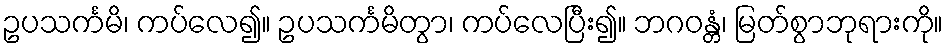
ဥပသင်္ကမိ၊ ကပ်လေ၍။ ဥပသင်္ကမိတွာ၊ ကပ်လေပြီး၍။ ဘဂဝန္တံ၊ မြတ်စွာဘုရားကို။